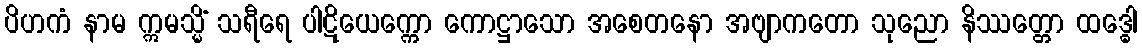
ပိဟကံ နာမ ဣမသ္မိံ သရီရေ ပါဋိယေက္ကော ကောဋ္ဌာသော အစေတနော အဗျာကတော သုညော နိဿတ္တော ထဒ္ဓေါ